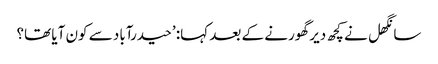
سانگھل نے کچھ دیر گھورنے کے بعد کہا: ’حیدرآباد سے کون آیا تھا؟